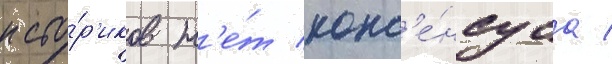
исто́р'иков н'е́т конс'е́нсуса /